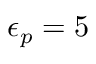
\epsilon _ { p } = 5